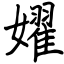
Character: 嬥